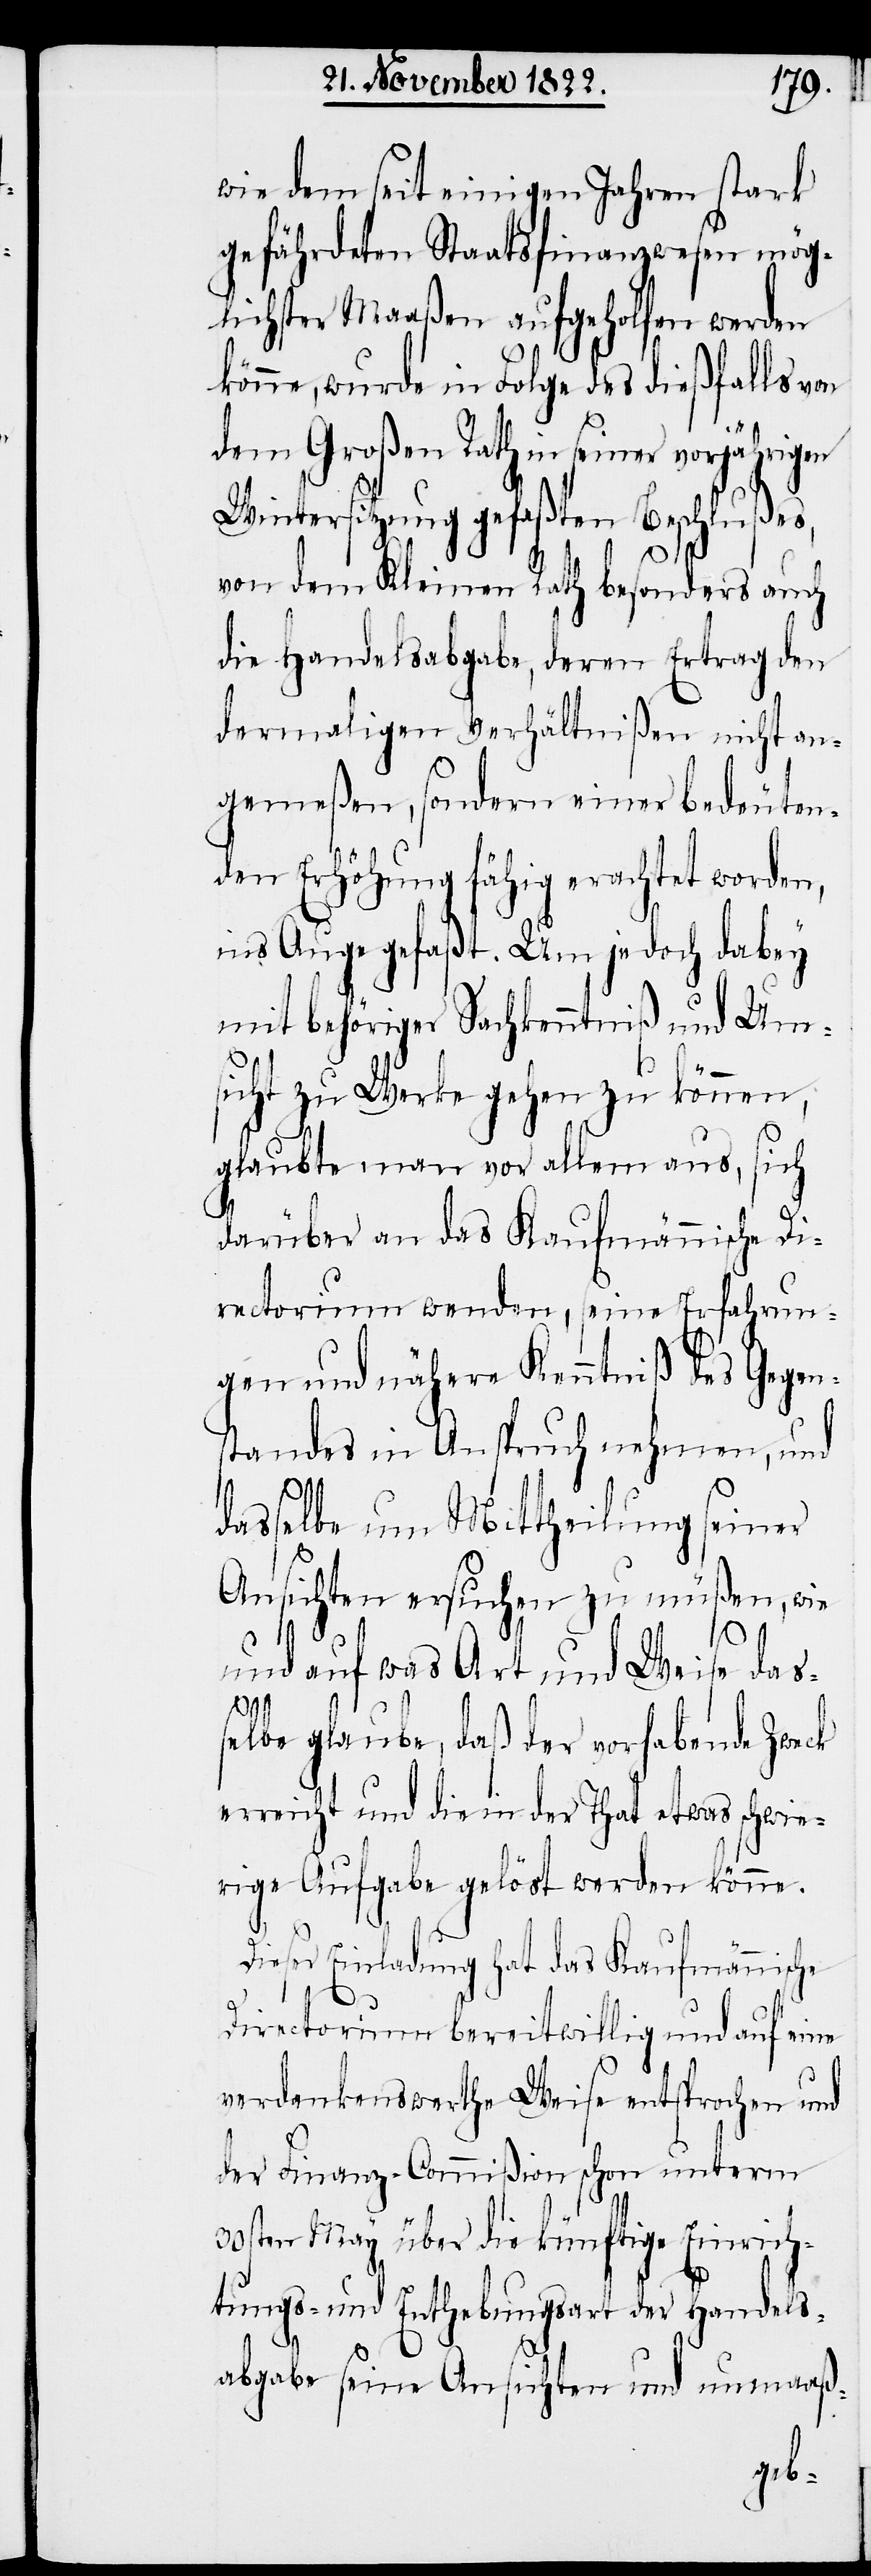
wie dem seit einigen Jahren stark
gefährdeten Staatsfinanzwesen mög¬
lichster Maaßen aufgeholfen werden
könne, wurde in Folge des dießfalls von
dem Großen Rath in seiner
Wintersitzung gefaßten Beschlußes,
von dem Kleinen Rath besonders auch
die Handelsabgabe, deren Ertrag den
dermaligen Verhältnißen nicht an¬
gemeßen, sondern einer bedeuten¬
den Erhöhung fähig erachtet worden,
ins Auge gefaßt. Um jedoch dabey
mit gehöriger Sachkenntniß und Um¬
sicht zu Werke gehen zu können,
glaubte man vor allem aus, sich
darüber an das Kaufmännische Di¬
rectorium wenden, seine Erfahrun¬
gen und nähere Kenntniß des Gege¬
standes in Anspruch nehmen, und
dasselbe um Mittheilung seiner
Ansichten ersuchen zu müßen, wie
und auf was Art und Weise das¬
selbe glaube, daß der vorhabende Zweck
erreicht und die in der That etwas schwie¬
rige Aufgabe gelöst werden könne.
Dieser Einladung hat das Kaufmännische
Directorium bereitwillig und auf eine
verdankenswerthe Weise entsprochen und
der Finanz-Commißion schon unterm
30sten May über die künftige Einrich¬
tungs- und Enthebungsart der Handels¬
abgabe seine Ansichten und unmaaß-